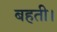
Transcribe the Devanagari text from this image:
बहती।